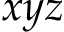
x y z